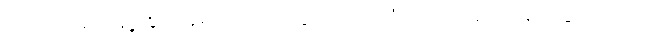
အဝတ်အစား ချို့ငဲ့စွာ နေရခြင်း၊ လူတွေ အတုံးအရုံး သေသည်ကို မြင်ရခြင်းတိုပထက်